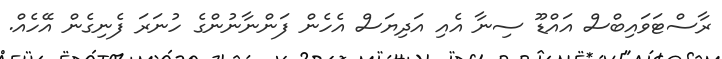
ރާސްޓަވައިބްސް އައްޑޫ ސިނާ އެއި އަދިޔަސް އެހެން ފަންނާނުންގެ ހުނަރަ ފެނިގެން އޭހެއް.